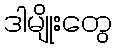
ဒါမျိုးတွေ